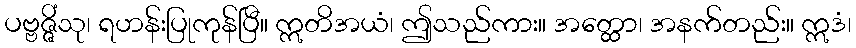
ပဗ္ဗဇ္ဇိံသု၊ ရဟန်းပြုကုန်ပြီ။ ဣတိအယံ၊ ဤသည်ကား။ အတ္ထော၊ အနက်တည်း။ ဣဒံ၊